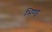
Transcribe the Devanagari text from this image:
भिण्ड्